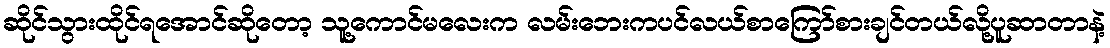
ဆိုင်သွားထိုင်ရအောင်ဆိုတော့ သူ့ကောင်မလေးက လမ်းဘေးကပင်လယ်စာကြော်စားချင်တယ်လို့ပူဆာတာနဲ့